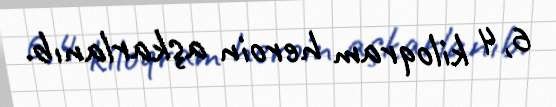
6,4 kiloqram heroin aşkarlanıb.